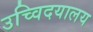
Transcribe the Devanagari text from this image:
उच्विदयालय